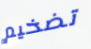
تضخيم